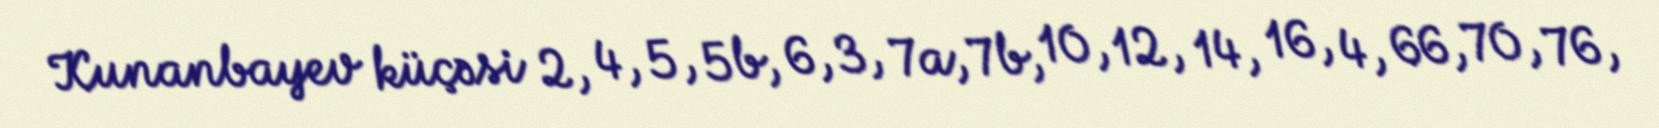
Kunanbayev küçəsi 2, 4, 5, 5b, 6, 3, 7a, 7b, 10, 12, 14, 16, 4, 66, 70, 76,